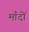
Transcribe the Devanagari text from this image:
माँदों